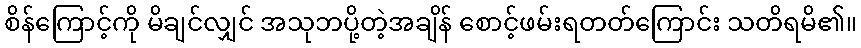
စိန်ကြောင့်ကို မိချင်လျှင် အသုဘပို့တဲ့အချိန် စောင့်ဖမ်းရတတ်ကြောင်း သတိရမိ၏။